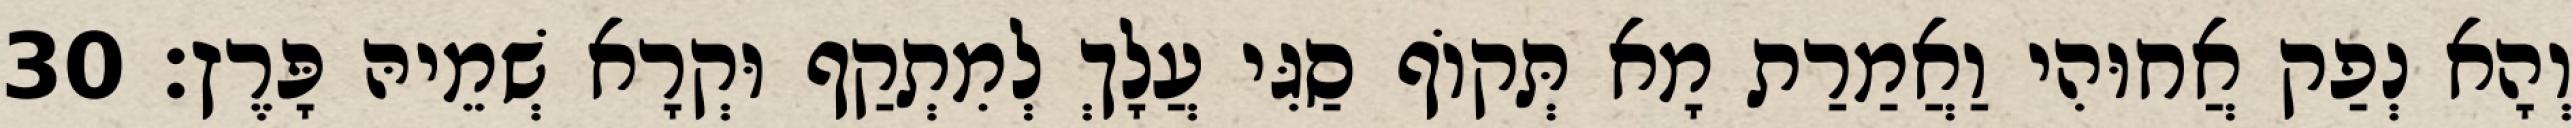
וְהָא נְפַק אֲחוּהִי וַאֲמַרַת מָא תְּקוֹף סַגִּי עֲלָךְ לְמִתְקַף וּקְרָא שְׁמֵיהּ פָּרֶץ׃ 30